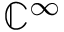
\mathbb { C } ^ { \infty }